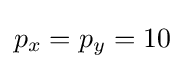
p_{x}=p_{y}=10